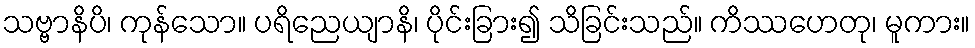
သဗ္ဗာနိပိ၊ ကုန်သော။ ပရိညေယျာနိ၊ ပိုင်းခြား၍ သိခြင်းသည်။ ကိဿဟေတု၊ မူကား။